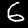
Digit: 6